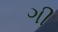
ગી